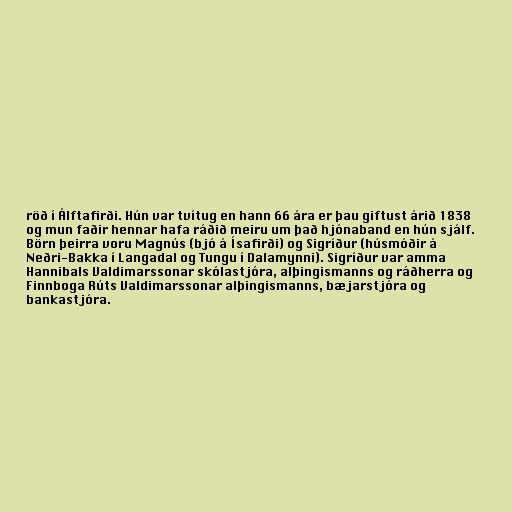
röð í Álftafirði. Hún var tvítug en hann 66 ára er þau giftust árið 1838
og mun faðir hennar hafa ráðið meiru um það hjónaband en hún sjálf.
Börn þeirra voru Magnús (bjó á Ísafirði) og Sigríður (húsmóðir á
Neðri-Bakka í Langadal og Tungu í Dalamynni). Sigríður var amma
Hannibals Valdimarssonar skólastjóra, alþingismanns og ráðherra og
Finnboga Rúts Valdimarssonar alþingismanns, bæjarstjóra og
bankastjóra.